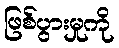
ဖြစ်ပွားမှုကို